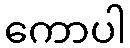
ကောပါ